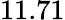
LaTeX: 11.71